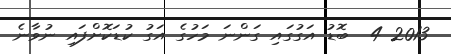
2013 4  ބޮޑު އަގުގައި ގަންނަ މަހުގެ އަގު ކުޑަކޮށްފައި ނުވާނެ